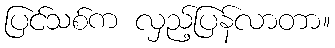
ပြင်သစ်က လှည့်ပြန်လာတာ။